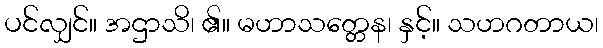
ပင်လျှင်။ အဌာသိ၊ ၏။ မဟာသတ္တေန၊ နှင့်။ သဟဂတာယ၊